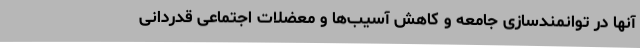
آنها در توانمندسازی جامعه و کاهش آسیب‌ها و معضلات اجتماعی قدردانی